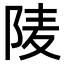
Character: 𨹧